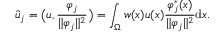
\widehat { u } _ { j } = \big ( u , \frac { \varphi _ { j } } { \lVert \varphi _ { j } \rVert ^ { 2 } } \big ) = \int _ { \Omega } w ( x ) u ( x ) \frac { \varphi _ { j } ^ { \ast } ( x ) } { \lVert \varphi _ { j } \rVert ^ { 2 } } \mathrm { d } x .